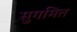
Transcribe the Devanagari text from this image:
सुगमित